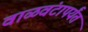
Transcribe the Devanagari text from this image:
वाळवंटापर्यंत